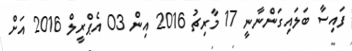
ފައިސާ ބަލައިގަންނާނީ 17 މާރިޗު 2016 އިން 03 އެޕްރީލް 2016 އަށް